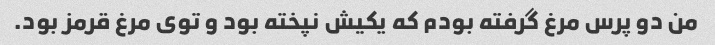
من دو پرس مرغ گرفته بودم که یکیش نپخته بود و توی مرغ قرمز بود.